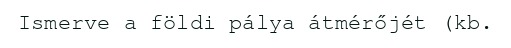
Ismerve a földi pálya átmérőjét (kb.